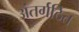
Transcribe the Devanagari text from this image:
अंतर्गठित